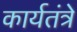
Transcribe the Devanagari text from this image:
कार्यतंत्रे